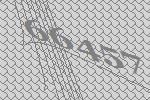
66457